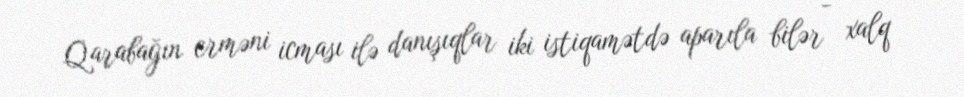
Qarabağın erməni icması ilə danışıqlar iki istiqamətdə aparıla bilər - xalq